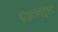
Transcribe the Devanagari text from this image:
यांसारख्यागुप्तचर